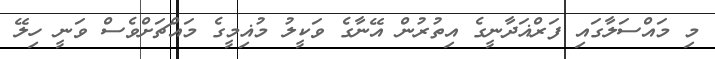
މި މައްސަލާގައި ފަރްޣަދާނީގެ އިތުރުން އޭނާގެ ވަކީލު މުޣިމީގެ މައްޗަށްވެސް ވަނީ ހިލޭ